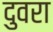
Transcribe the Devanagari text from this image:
दुवरा